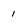
Character: 1